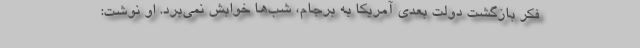
فکر بازگشت دولت بعدی آمریکا به برجام، شب‌ها خوابش نمی‌برد. او نوشت: